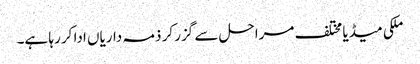
ملکی میڈیا مختلف مراحل سے گزر کر ذمہ داریاں ادا کر رہا ہے۔